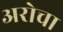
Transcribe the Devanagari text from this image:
अरोचा